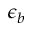
\epsilon _ { b }